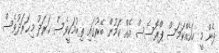
ދެން މީ ހައެއްކަމަސް ޕްރޮސެސް އެއް ކަމުން ބޭރުގައި ތިބުމަކީވެސް ޙަރަދު މިޙަރަދުވެސް